Leaving Certificate Examination, 1924
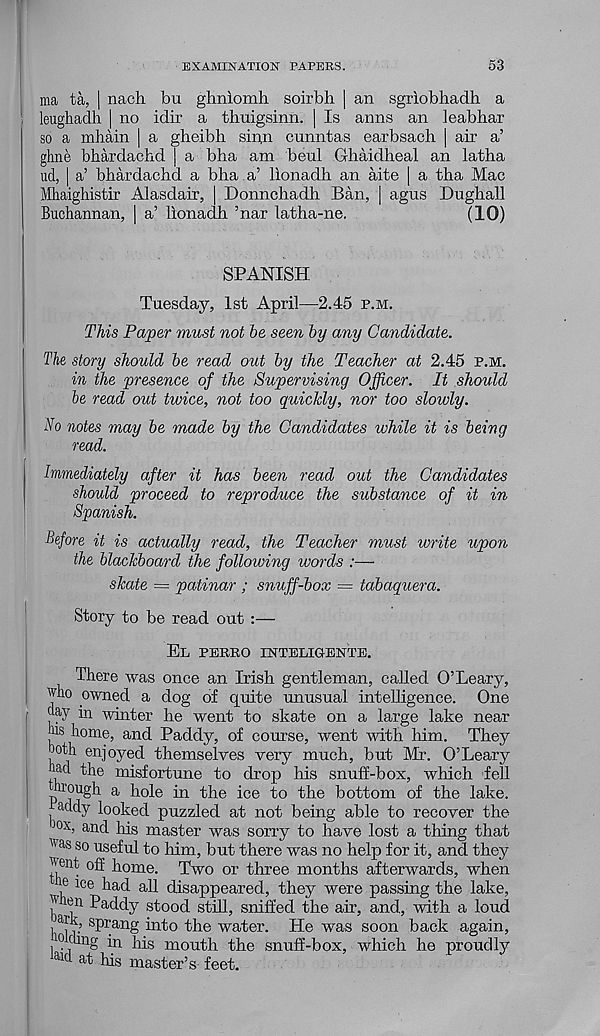
EXAMINATION PAPERS.
53
ma ta, | nach bu ghnlomh soirbh | an sgriobliadh a
leughadh | no idir a thuigsinn. | Is aims an Jeabhar
so a mhain | a gheibh sinn cunntas earbsach | air a’
ghne bhardachd ) a bha am beul Ghaidheal an latha
ud, | a’ bhardachd a bha a’ lionadh an aite | a tha Mac
Mhaighistir Alasdair, | Donnchadh Ban, | agus Dughall
Buchannan, | a’ lionadh ’nar latha-ne.
(10)
SPANISH
Tuesday, 1st April—2.45 p.m.
This Paper must not be seen by any Candidate.
The story should be read out by the Teacher at 2.45 p.m.
in the presence of the Supervising Officer. It should
be read out twice, not too quickly, nor too slowly.
No notes may be made by the Candidates while it is being
read.
Immediately after it has been read out the Candidates
should proceed to reproduce the substance of it in
Spanish.
Before it is actually read, the Teacher must write upon
the blackboard the following words :—
skate = patinar ; snuff-box — tabaquera.
Story to be read out
El perro inteligente.
There was once an Irish gentleman, called O’Leary,
who owned a dog of quite unusual intelligence. One
day in winter he went to skate on a large lake near
jus home, and Paddy, of course, went with him. They
)oth enjoyed themselves very much, but Mr. O’Leary
had the misfortune to drop his snuff-box, which fell
trough a hole in the ice to the bottom of the lake,
addy looked puzzled at not being able to recover the
ox , an d his master was sorry to have lost a thing that
u as so useful to him, but there was no help for it, and they
j! ent °hf home. Two or three months afterwards, when
, e lce had all disappeared, they were passing the lake,
jj ] (j n Paddy stood still, sniffed the air, and, with a loud
holcli;
sprang into the water. He was soon back again,
n g in his mouth the snuff-box, which he proudly
hid at his master’s feet.